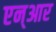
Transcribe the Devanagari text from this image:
एन्‌आर